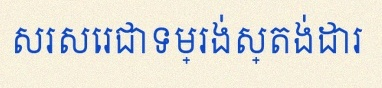
សរសេរជាទម្រង់ស្តង់ដារ